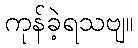
ကုန်ခဲ့ရသဗျ။